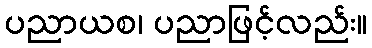
ပညာယစ၊ ပညာဖြင့်လည်း။